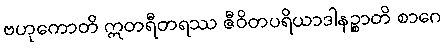
ဗဟုကောတိ ဣတရီတရဿ ဇီဝိတပရိယာဒါနဉ္စာတိ စာဂေ